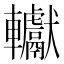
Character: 䡾